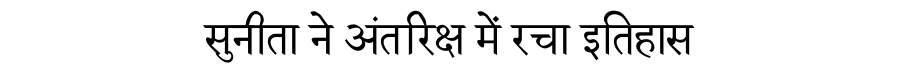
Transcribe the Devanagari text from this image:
सुनीता ने अंतरिक्ष में रचा इतिहास